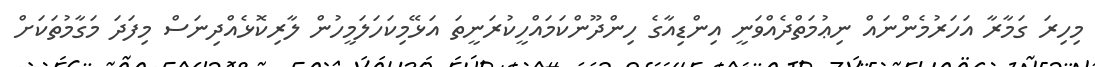
މިހިރަ ގަމާރާ އަހަރުމެންނައް ނިޢުމަތްދެއްވަނީ އިންޑިއާގެ ހިންދޫންކަމައްހީކުރަނީތަ އަޅޭމިކަހަލަމީހުން ލާރިކޮޅެއްދިނަސް މިފަދަ މަގާމުތަކަށް